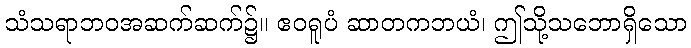
သံသရာဘဝအဆက်ဆက်၌။ ဧဝရူပံ ဆာတကဘယံ၊ ဤသို့သဘောရှိသော